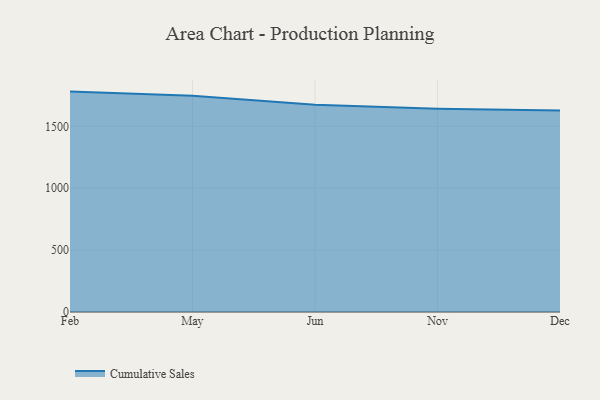
{"axis": {"x": "Month", "y": "Tickets Resolved"}, "legend": ["Cumulative Sales"], "data": [{"x": "Feb", "y": 1780.7, "type": "Cumulative Sales"}, {"x": "May", "y": 1746.2, "type": "Cumulative Sales"}, {"x": "Jun", "y": 1673.5, "type": "Cumulative Sales"}, {"x": "Nov", "y": 1641.3, "type": "Cumulative Sales"}, {"x": "Dec", "y": 1627.4, "type": "Cumulative Sales"}]}